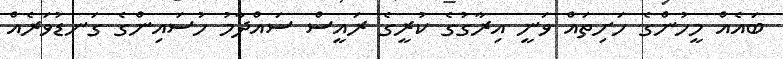
ބައެއް މީހުންގެ ހަށިތައް ވަނީ އިރާގުގެ ކުރީގެ ރައީސް ސައްދާމު ހުސައިންގެ ގަނޑުވަރެއް